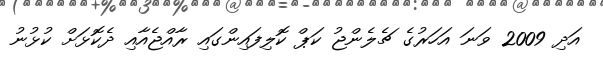
އަދި 2009 ވަނަ އަހަރުގެ ޗެލެންޖު ކަޕް ކޮލިފައިންގައި ރާއްޖެއާއި ދެކޮޅަށް ކުޅުނު